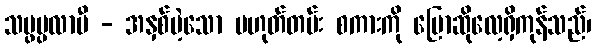
သမ္ဖပ္ပလာပီ - အနှစ်မဲ့သော မဟုတ်တမ်း စကားကို ပြောဆိုလေ့ရှိကုန်သည်၊